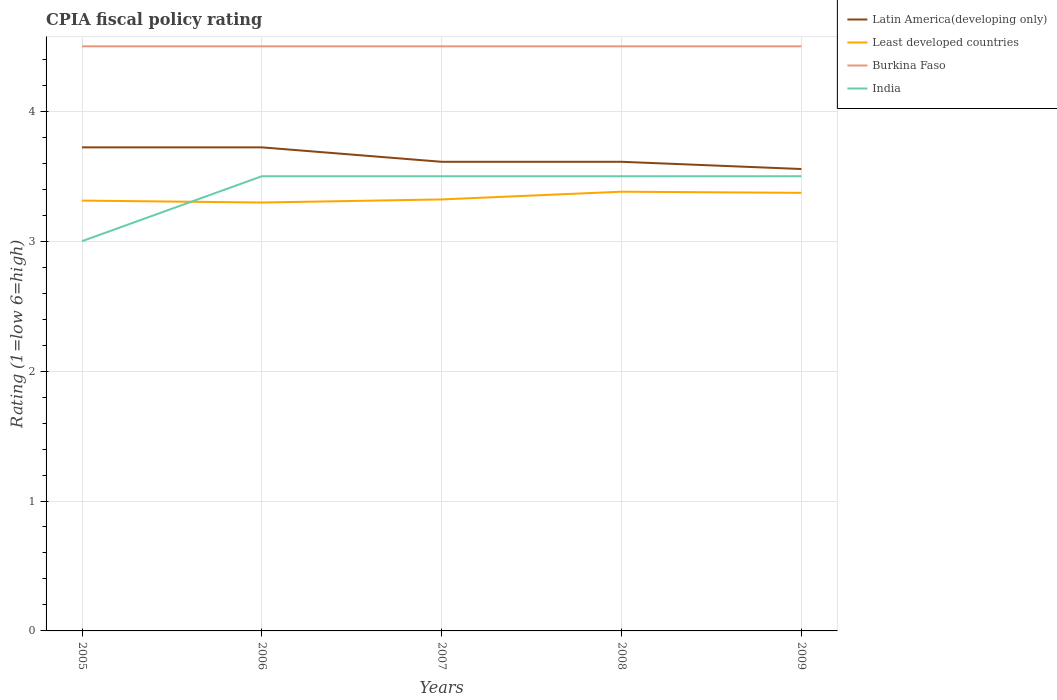
| Years | Latin America(developing only) | Least developed countries | Burkina Faso | India |
 | --- | --- | --- | --- | --- |
 | 2005 | 3.72 | 3.31 | 4.5 | 3 |
 | 2006 | 3.72 | 3.3 | 4.5 | 3.5 |
 | 2007 | 3.61 | 3.32 | 4.5 | 3.5 |
 | 2008 | 3.61 | 3.38 | 4.5 | 3.5 |
 | 2009 | 3.56 | 3.37 | 4.5 | 3.5 |